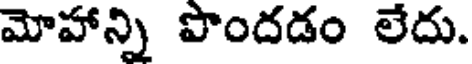
మోహాన్ని పొందడం లేదు.